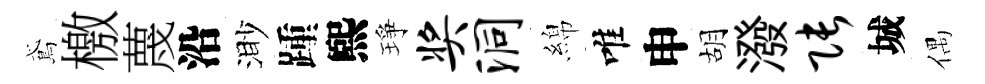
鳶檄蔑沿渺踵煕琤奖洞綿唯申胡潑张城偶